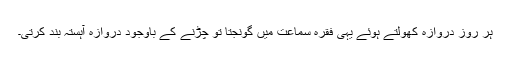
ہر روز دروازہ کھولتے ہوئے یہی فقرہ سماعت میں گونجتا تو چڑنے کے باوجود دروازہ آہستہ بند کرتی۔